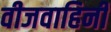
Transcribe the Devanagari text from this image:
वीजवाहिनी